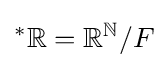
^{*}\mathbb {R} ={\mathbb {R} ^{\mathbb {N} }}/{F}